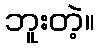
ဘူးတဲ့။